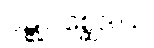
ဝဋ္ဋုပစ္ဆေဒါယ